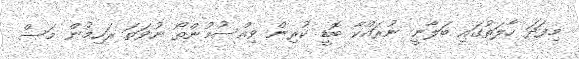
މިފަދަ ހާލަތުގައި ބަލާނީ ނުރައްކާ ބޮޑީ ކުރިން ވިއްސުމުންތޯ ނުވަތަ ރަހިމުން މަސް